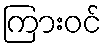
ကြားဝင်